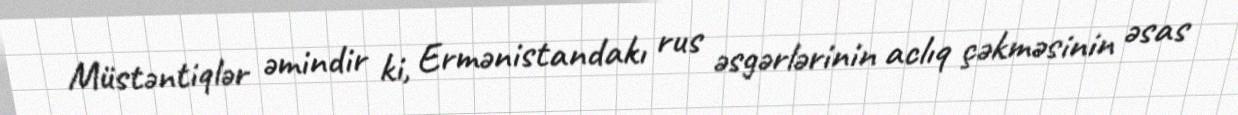
Müstəntiqlər əmindir ki, Ermənistandakı rus əsgərlərinin aclıq çəkməsinin əsas